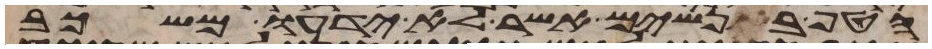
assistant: הטף בנשים אשר לא ידעו משכב